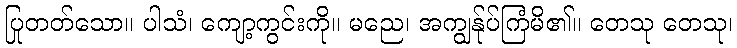
ပြုတတ်သော။ ပါသံ၊ ကျော့ကွင်းကို။ မညေ၊ အကျွန်ုပ်ကြံမိ၏။ တေသု တေသု၊